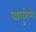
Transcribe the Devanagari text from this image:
वालुगेम्बे